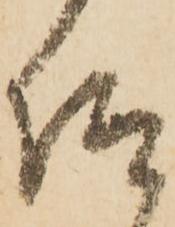
仰